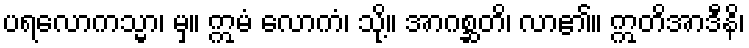
ပရလောကသ္မာ၊ မှ။ ဣမံ လောကံ၊ သို့။ အာဂစ္ဆတိ၊ လာ၏။ ဣတိအာဒီနိ၊